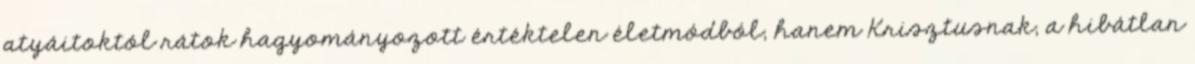
atyáitoktól rátok hagyományozott értéktelen életmódból, hanem Krisztusnak, a hibátlan